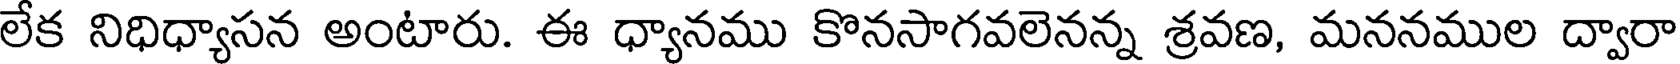
లేక నిధిధ్యాసన అంటారు. ఈ ధ్యానము కొనసాగవలెనన్న శ్రవణ, మననముల ద్వారా